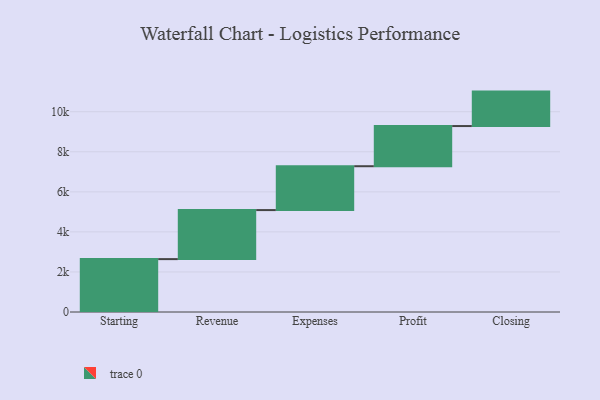
{"axis": {"x": "Step", "y": "Value"}, "legend": [""], "data": [{"x": "Starting", "y": 2641.0, "type": ""}, {"x": "Revenue", "y": 2448.0, "type": ""}, {"x": "Expenses", "y": 2190.0, "type": ""}, {"x": "Profit", "y": 2006.0, "type": ""}, {"x": "Closing", "y": 1720.0, "type": ""}]}